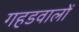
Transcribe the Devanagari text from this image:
गहडवालों